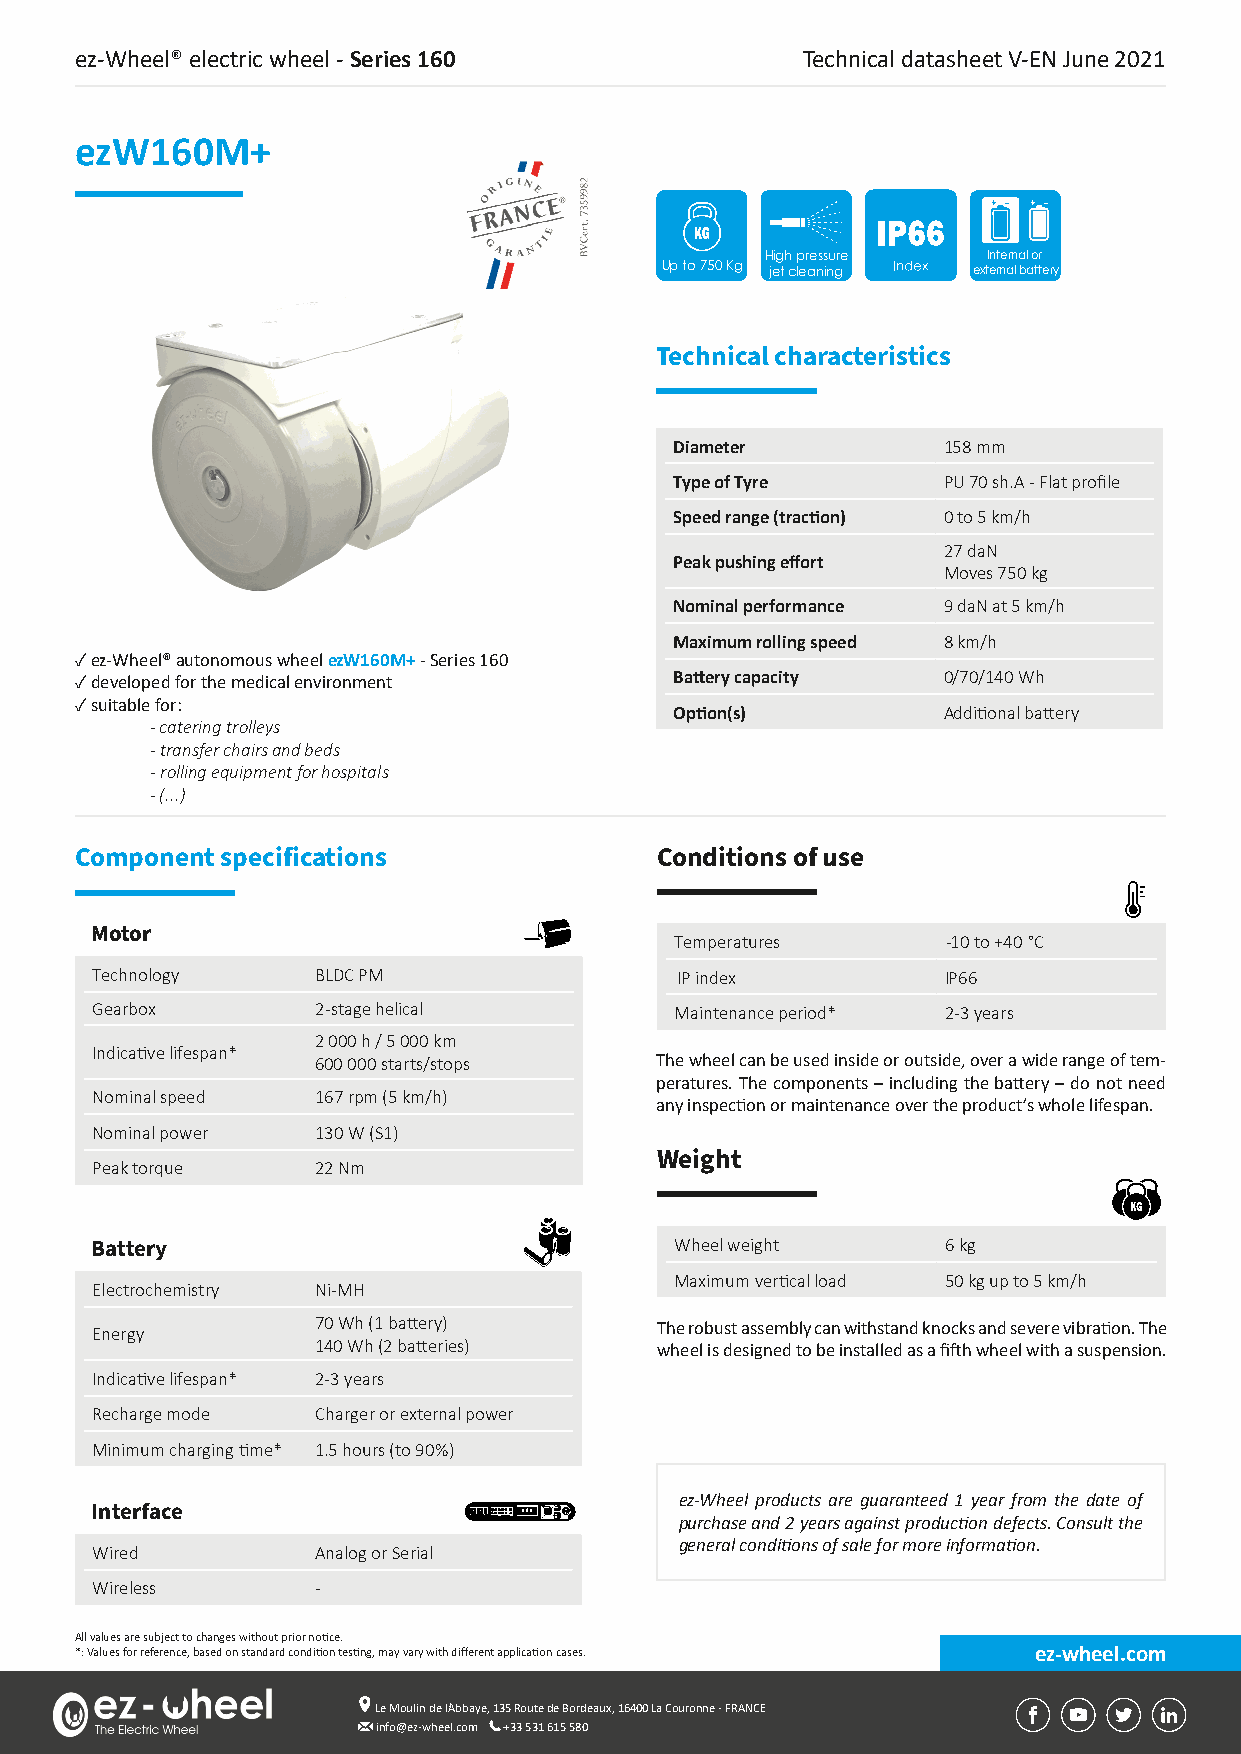
ez-Wheel® electric wheel - Series 160           Technical datasheet V-EN June 2021
 ezW160M+
 High pressure Internal or
 Up to 750 Kg jet cleaning external battery
 Technical characteristics
 Diameter         158 mm
 Type of Tyre     PU 70 sh.A - Flat profile
 Speed range (traction) 0 to 5 km/h
 27 daN
 Peak pushing effort
 Moves 750 kg
 Nominal performance 9 daN at 5 km/h
 Maximum rolling speed 8 km/h
 ✓ ez-Wheel® autonomous wheel ezW160M+ - Series 160
 ✓ developed for the medical environment Battery capacity 0/70/140 Wh
 ✓ suitable for:
 Option(s)        Additional battery
 - catering trolleys
 - transfer chairs and beds
 - rolling equipment for hospitals
 - (...)
 Component specifications              Conditions of use
 Motor
 Temperatures      -10 to +40 °C
 Technology     BLDC PM                 IP index          IP66
 Gearbox        2-stage helical         Maintenance period* 2-3 years
 2 000 h / 5 000 km
 Indicative lifespan*
 600 000 starts/stops  The wheel can be used inside or outside, over a wide range of tem-
 peratures. The components – including the battery – do not need
 Nominal speed  167 rpm (5 km/h)
 any inspection or maintenance over the product’s whole lifespan.
 Nominal power  130 W (S1)
 Weight
 Peak torque    22 Nm
 Battery                                Wheel weight      6 kg
 Maximum vertical load 50 kg up to 5 km/h
 Electrochemistry Ni-MH
 Energy         70 Wh (1 battery)     The robust assembly can withstand knocks and severe vibration. The
 140 Wh (2 batteries)  wheel is designed to be installed as a fifth wheel with a suspension.
 Indicative lifespan* 2-3 years
 Recharge mode  Charger or external power
 Minimum charging time* 1.5 hours (to 90%)
 ez-Wheel products are guaranteed 1 year from the date of
 Interface
 purchase and 2 years against production defects. Consult the
 general conditions of sale for more information.
 Wired          Analog or Serial
 Wireless       -
 All values are subject to changes without prior notice.
 *: Values for reference, based on standard condition testing, may vary with different application cases. ez-wheel.com
 Le Moulin de l’Abbaye, 135 Route de Bordeaux, 16400 La Couronne - FRANCE
 info@ez-wheel.com +33 531 615 580